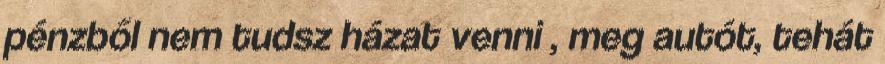
pénzből nem tudsz házat venni , meg autót, tehát